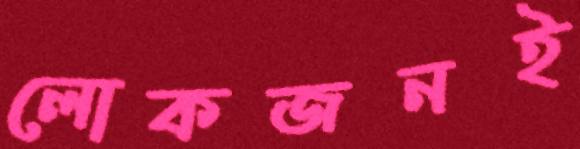
লোকজনই